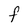
Character: F